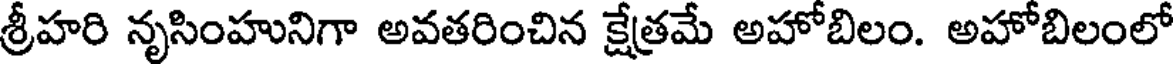
శ్రీహరి నృసింహునిగా అవతరించిన క్షేత్రమే అహోబిలం. అహోబిలంలో